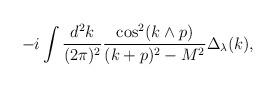
LaTeX: \begin{align*}-i\int \frac{d^2 k}{(2\pi)^2} \frac{\cos^2 (k\wedge p)}{(k+p)^2-M^2}\Delta_\lambda(k),\end{align*}